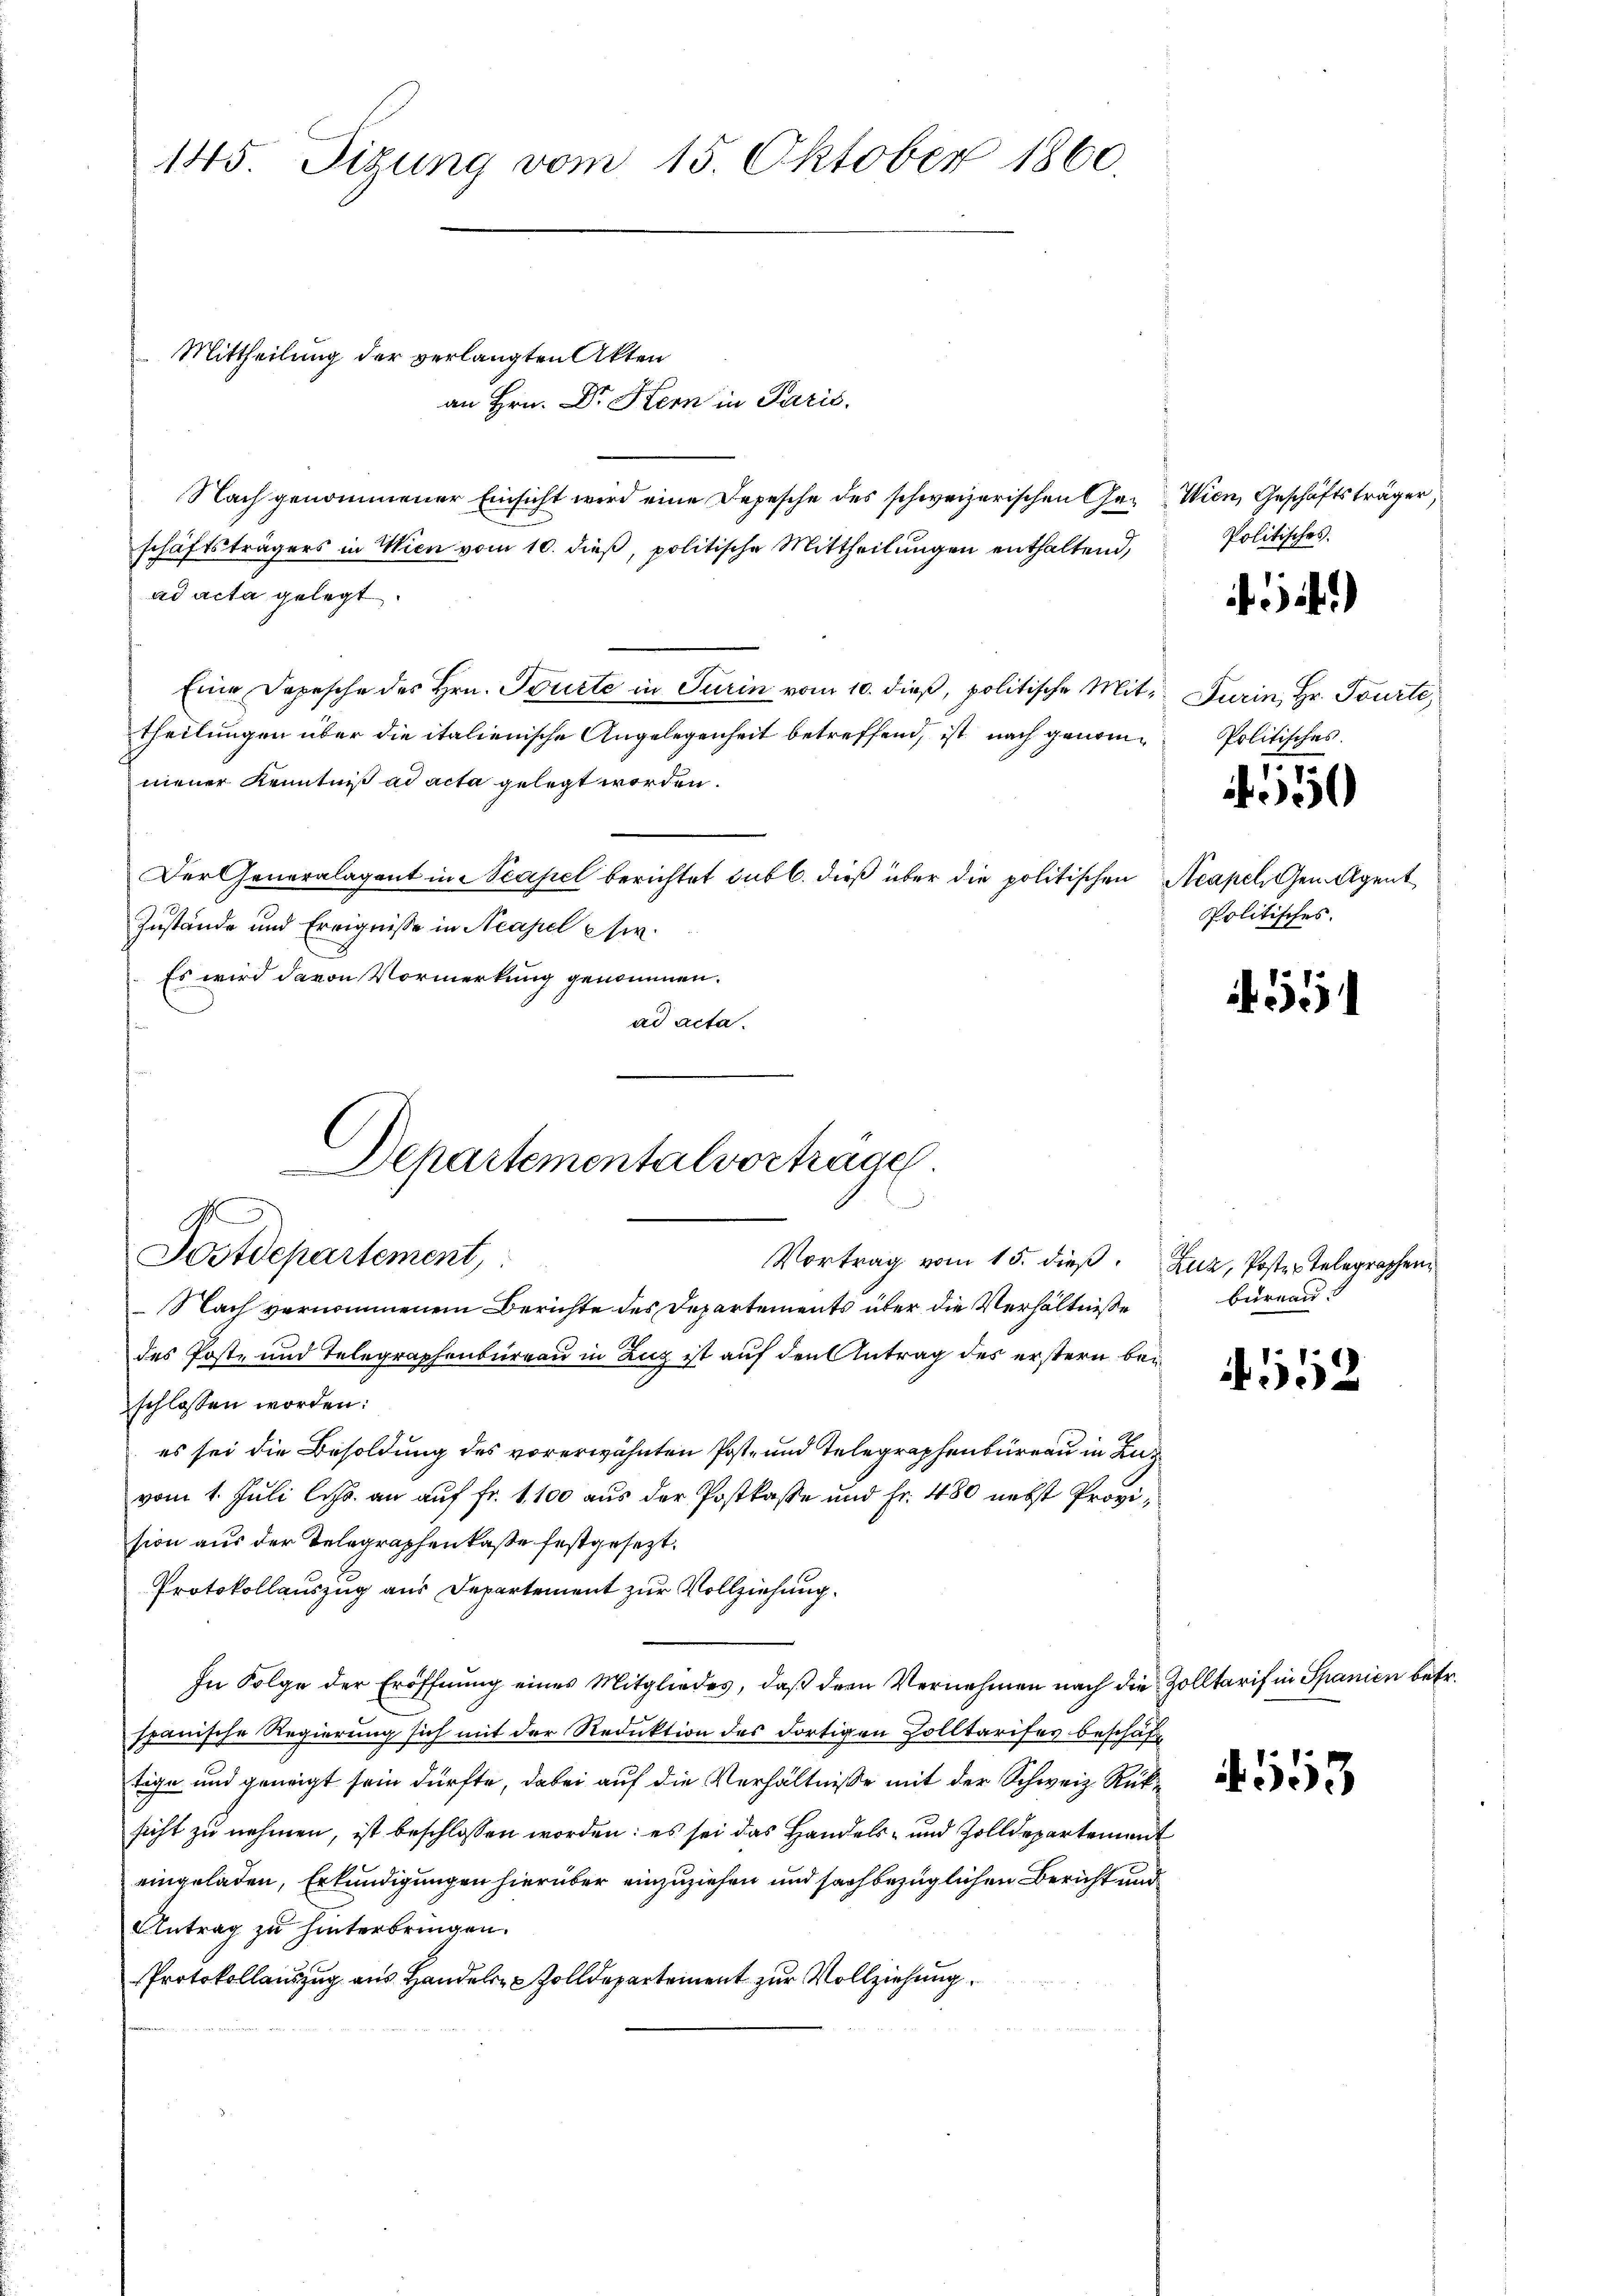
145. Sizung vom 15. Oktober 1860.

Mittheilung der verlangten Akten
an Hrn. Dr. Stern in Paris.
Nach genommener Einsicht wird eine Depesche des schweizerischen Ge-Wien, Geschäftsträger,
schäftsträgers in Wien vom 10. dieß, politische Mittheilungen enthaltend,
ad acta gelegt.
Eine Depesche des Hrn. Tourte in Turin vom 10. dieβ, politische Mit¬ Furin, Hr. Tourte,
theilungen über die italienische Angelegenheit betreffend, ist nach genomneuer Kenntniß ad acta gelegt worden.
Der Generalagant in capel berichtet sub b. dieß über die politischen Acapel, Gen.- Agent
Zustände und Ereignisse in Neapel usw.
Es wird davon Vormerkung genommen.
ad acta.
Departementalvorträge

n
Postdepartement,
Vortrag vom 15. dieß. Zuz, Poster Telegraphen

Nach vernommenem Berichte des Departements über die Verhältnisse
des Post- und Telegraphenbureau in Zug ist auf den Antrag des erstern bei
schlossen worden:
es sei die Besoldung des vorerwähnten Post- und Telegraphenbüreau in Zuvom 1. Juli l. Js. an auf Fr. 1100 aus der Postkasse und Fr. 480 nebst Prozision aus der Telegraphenkasse festgesezt.
Protokollauszug aus Departement zur Vollziehung
In Folge der Eröffnung eines Mitgliedes, daß der Vernehmen nach die Zolltarif in Spanien betr.
spanische Regierung sich mit der Reduktion des dortigen Zolltarifes beschäft
tige und geneigt sein dürfte, dabei auf die Verhältnisse mit der Schweiz. Rücksicht zu nehmen, ist beschlossen worden: es sei das Handels- und Zolldepartement
eingeladen, Erkundigungen hierüber einzuziehen und sachbezüglichen Bericht und
Antrag zu hinterbringen.
Protokollauszug aus Handels Zolldepartement zur Vollziehung.

Politisches.
Politisches
7.7.
0
Politisches.

)

bureau

552

553